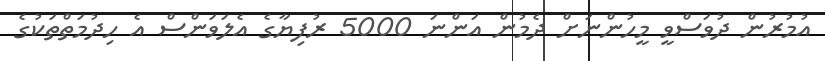
އުމުރުން ދުވަސްވީ މީހުންނަށް ދެމުން އަންނަ 5000 ރުފިޔާގެ އެލަވަންސް އެ ހިދުމަތްތަކުގެ